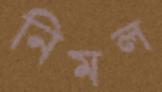
নিমল